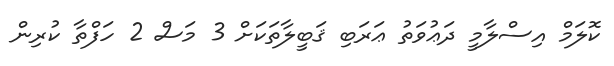
ކޮލަމް އިސްލާމީ ދަޢުވަތު ޢަރަބި ޤަބީލާތަކަށް 3 މަސް 2 ހަފްތާ ކުރިން